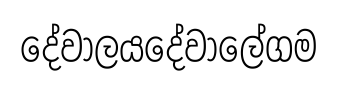
දේවාලයදේවාලේගම